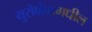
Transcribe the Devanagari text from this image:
युरोक्षेत्रामधील